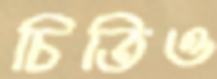
চিতিও